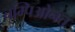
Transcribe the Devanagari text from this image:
चम्पिओनत्